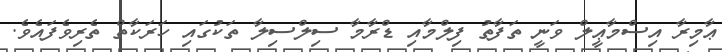
ޢާމިރާ އިސްމާޢީލް ވަނީ ތަފާތު ފިލްމާއި ޑްރާމާ ސިލްސިލާ ތަކުގައި ހަރަކާތް ތެރިވެފައެވެ.